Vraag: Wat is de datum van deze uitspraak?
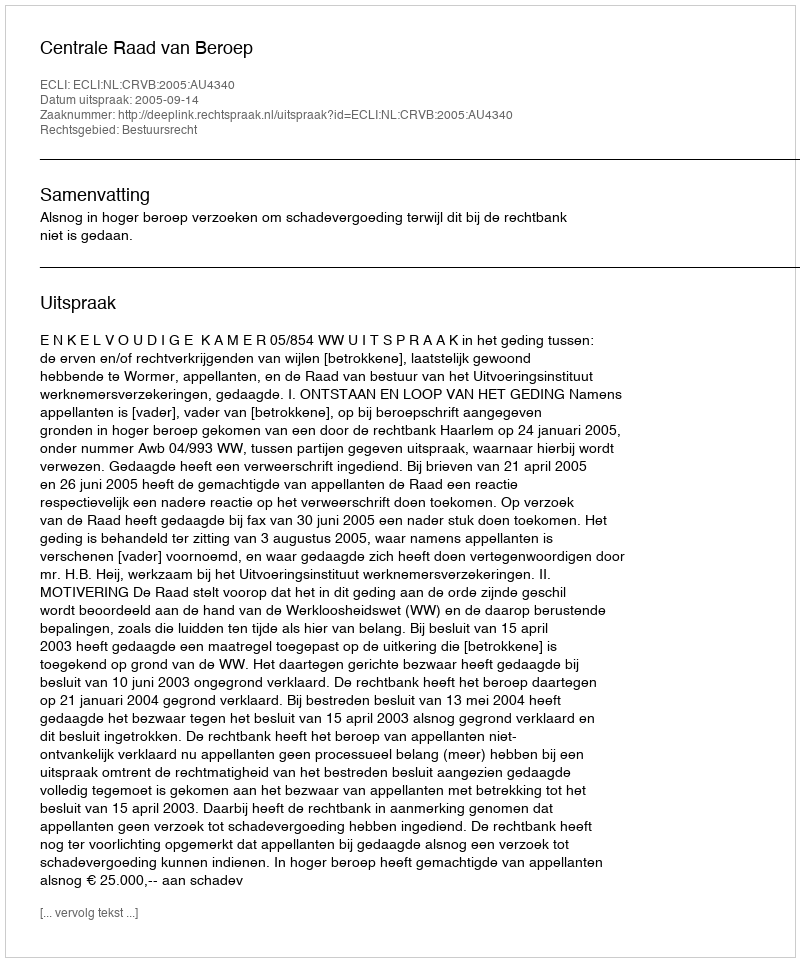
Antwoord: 2005-09-14